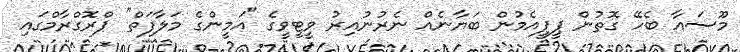
މޫސައާ ބެހޭ ގޮތުން ޕީޕީއެމުން ބަޔާނެއް ނެރުނުއިރު ވީޓީވީގެ "އަމީންގެ މަލާފަތް" ޕްރޮގްރާމްގައި